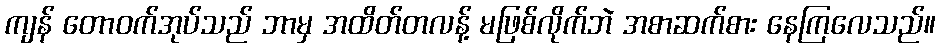
ကျန် တောဝက်အုပ်သည် ဘာမှ အထိတ်တလန့် မဖြစ်လိုက်ဘဲ အစာဆက်စား နေကြလေသည်။